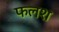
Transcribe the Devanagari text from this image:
फलश